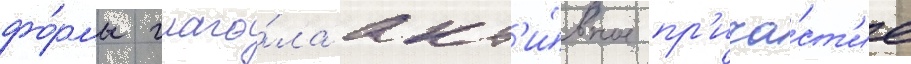
фо́рмы глаго́ла акт'и́вное пр'ича́ст'ие